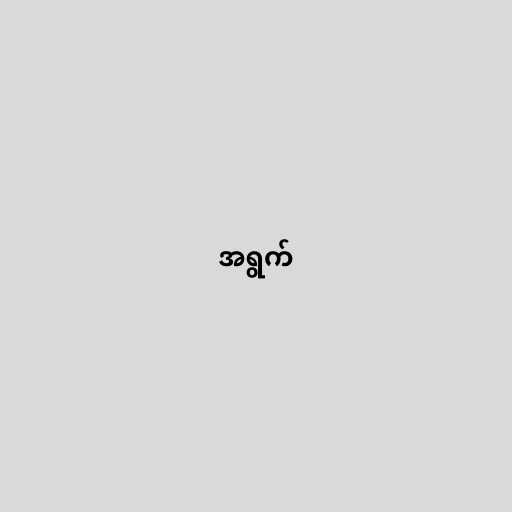
အရွက်